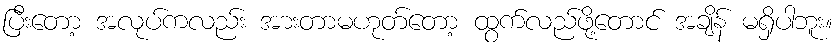
ပြီးတော့ အလုပ်ကလည်း အားတာမဟုတ်တော့ ထွက်လည်ဖို့တောင် အချိန် မရှိပါဘူး။